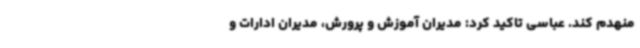
منهدم کند. عباسی تاکید کرد: مدیران آموزش و پرورش، مدیران ادارات و